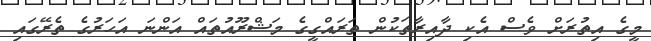
މީގެ އިތުރަށް ވެސް އެކި ދާއިރާތަކުން ތަރައްގީގެ މަޝްރޫއުތައް އަންނަ އަހަރުގެ ތެރޭގައި